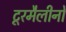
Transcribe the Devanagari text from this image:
टूरमैलीनों